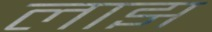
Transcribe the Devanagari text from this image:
लाझ